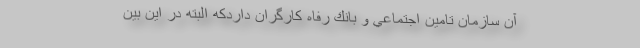
آن سازمان تامين اجتماعي و بانك رفاه كارگران داردكه البته در اين بين